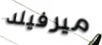
ميرفيلد